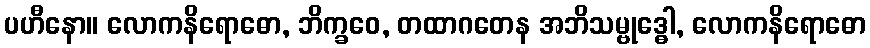
ပဟီနော။ လောကနိရောဓော, ဘိက္ခဝေ, တထာဂတေန အဘိသမ္ဗုဒ္ဓေါ, လောကနိရောဓော